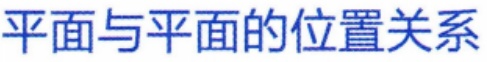
平面与平面的位置关系